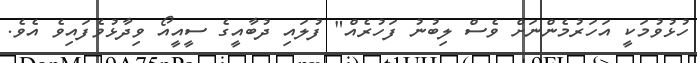
ހުޅުވުމަކީ އަހަރުމެންނަށް ވެސް ލިބުނު ފަހުރެއް" ފުލައި ދުބާއީގެ ސީއީއޯ ވިދާޅުވެފައިވެ އެވެ.